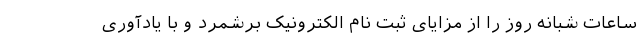
ساعات شبانه روز را از مزایای ثبت نام الکترونیک برشمرد و با یادآوری